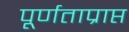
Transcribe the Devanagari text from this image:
पूर्णताप्राप्त